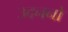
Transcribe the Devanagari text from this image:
उदननो